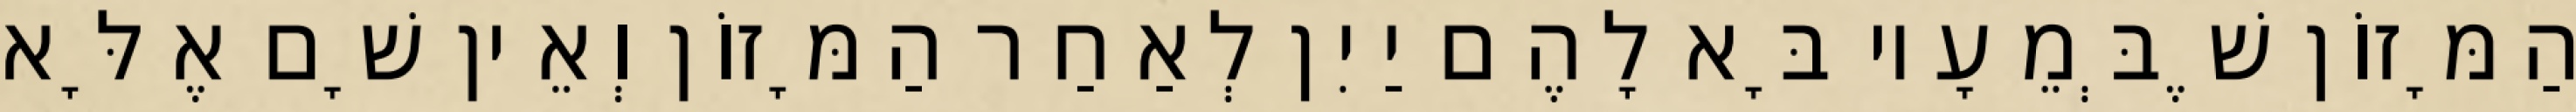
הַמָּזוֹן שֶׁבְּמֵעָיו בָּא לָהֶם יַיִן לְאַחַר הַמָּזוֹן וְאֵין שָׁם אֶלָּא